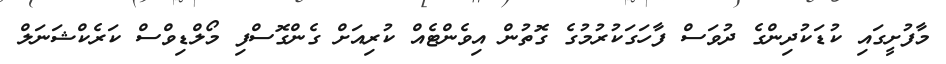
މާފުށީގައި ކުޑަކުދިންގެ ދުވަސް ފާހަގަކުރުމުގެ ގޮތުން އިވެންޓެއް ކުރިއަށް ގެންގޮސްފި މޯލްޑިވްސް ކަރެކްޝަނަލް